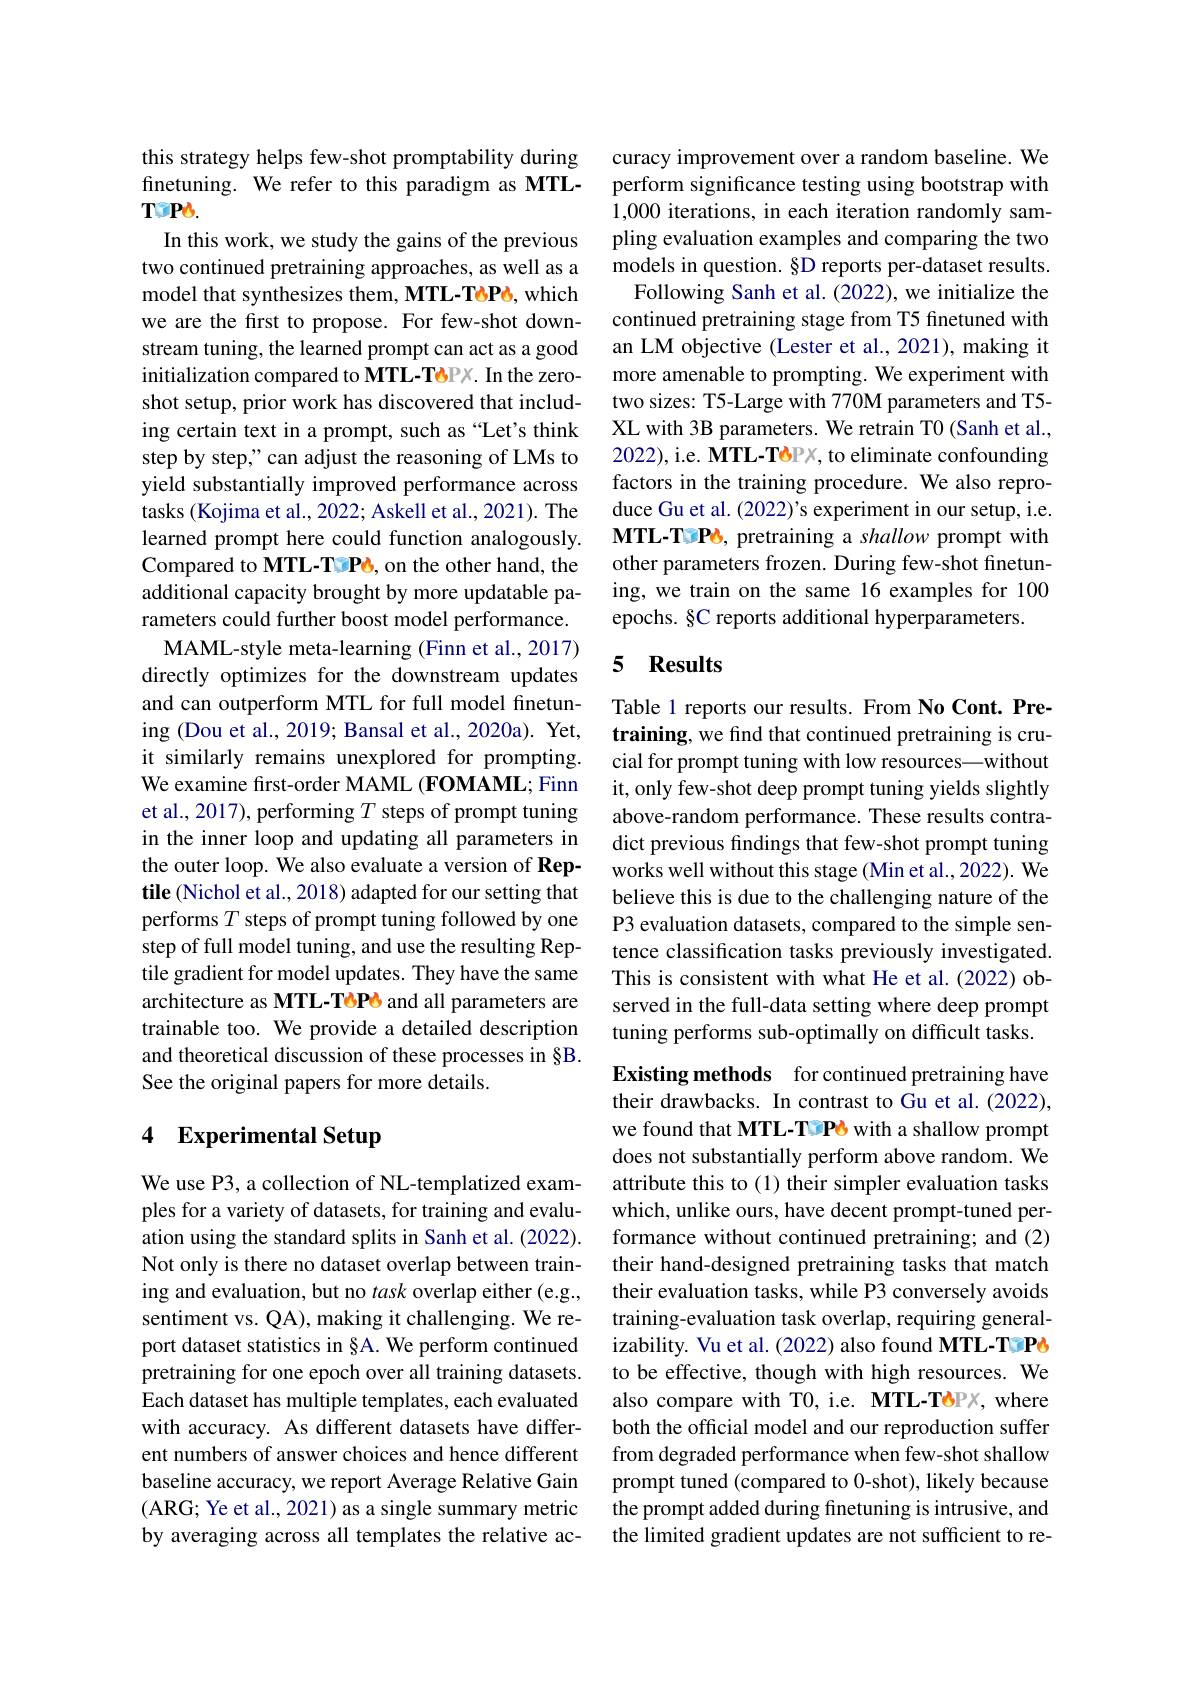
this strategy helps few-shot promptability during finetuning. We refer to this paradigm as MTL- $TCPb.$
In this work, we study the gains of the previous two continued pretraining approaches, as well as a model that synthesizes them, MTL-T8P6, which we are the first to propose. For few-shot downstream tuning, the learned prompt can act as a good initialization compared to MTL-T8PX. In the zeroshot setup, prior work has discovered that including certain text in a prompt, such as “Let's think step by step," can adjust the reasoning of LMs to yield substantially improved performance across tasks (Kojima et al., 2022; Askell et al., 2021). The learned prompt here could function analogously. Compared to MTL-T3P6, on the other hand, the additional capacity brought by more updatable parameters could further boost model performance.
MAML-style meta-learning (Finn et al., 2017) directly optimizes for the downstream updates and can outperform MTL for full model finetuning (Dou et al., 2019; Bansal et al., 2020a). Yet, it similarly remains unexplored for prompting. We examine frst-order MAML (FOMAML; Finn et al., 2017), performing $T$ steps of prompt tuning in the inner loop and updating all parameters in the outer loop. We also evaluate a version of Reptile (Nichol et al., 2018) adapted for our setting that performs $T$ steps of prompt tuning followed by one step of full model tuning, and use the resulting Reptile gradient for model updates. They have the same architecture as MTL-TePe and all parameters are trainable too. We provide a detailed description and theoretical discussion of these processes in §B. See the original papers for more details.

## 4 Experimental Setup

We use P3, a collection of NL-templatized examples for a variety of datasets, for training and evaluation using the standard splits in Sanh et al. (2022). Not only is there no dataset overlap between training and evaluation, but no task overlap either (e.g., sentiment vs. QA), making it challenging. We report dataset statistics in §A. We perform continued pretraining for one epoch over all training datasets. Each dataset has multiple templates, each evaluated with accuracy. As different datasets have different numbers of answer choices and hence different baseline accuracy, we report Average Relative Gain (ARG; Ye et al., 2021) as a single summary metric by averaging across all templates the relative ac-

curacy improvement over a random baseline. We perform significance testing using bootstrap with 1,000 iterations, in each iteration randomly sampling evaluation examples and comparing the two models in question. §D reports per-dataset results. Following Sanh et al. (2022), we initialize the
continued pretraining stage from T5 finetuned with an LM objective (Lester et al., 2021), making it more amenable to prompting. We experiment with two sizes: T5-Large with 770M parameters and T5- XL with 3B parameters. We retrain T0 (Sanh et al., 2022), i.e. $\dot{\mathbf{MTL-T8PX,toeliminate~confounding}}$ factors in the training procedure. We also reproduce Gu et al. (2022)'s experiment in our setup, i.e. MTL-TDP6, pretraining a shallow prompt with other parameters frozen. During few-shot finetuning, we train on the same 16 examples for 100 epochs. §C reports additional hyperparameters.

### 5 $\mathbf{Results}$

Table 1 reports our results. From No Cont. Pretraining, we find that continued pretraining is crucial for prompt tuning with low resources—without it, only few-shot deep prompt tuning yields slightly above-random performance. These results contradict previous findings that few-shot prompt tuning works well without this stage (Min et al., 2022). We believe this is due to the challenging nature of the P3 evaluation datasets, compared to the simple sentence classification tasks previously investigated. This is consistent with what He et al.(2022) observed in the full-data setting where deep prompt tuning performs sub-optimally on difficult tasks.

Existing methods for continued pretraining have their drawbacks. In contrast to Gu et al.(2022), we found that MTL-T3P6 with a shallow prompt does not substantially perform above random. We attribute this to (1) their simpler evaluation tasks which, unlike ours, have decent prompt-tuned performance without continued pretraining; and (2) their hand-designed pretraining tasks that match their evaluation tasks, while P3 conversely avoids training-evaluation task overlap, requiring generalizability. Vu et al. (2022) also found MTL-TaP6 to be effective, though with high resources. We also compare with TO, i.e. MTL-T6PX, where both the official model and our reproduction suffer from degraded performance when few-shot shallow prompt tuned (compared to 0-shot), likely because the prompt added during finetuning is intrusive, and the limited gradient updates are not sufficient to re-